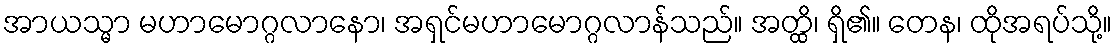
အာယသ္မာ မဟာမောဂ္ဂလာနော၊ အရှင်မဟာမောဂ္ဂလာန်သည်။ အတ္ထိ၊ ရှိ၏။ တေန၊ ထိုအရပ်သို့။